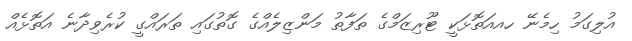
އުލިގަމު ހިމެނޭ ހއއަތޮޅަކީ ޓޫރިޒަމްގެ ތަފާތު މަންޒިލެއްގެ ގޮތުގައި ތަރައްގީ ކުރެވިދާނެ އަތޮޅެއް